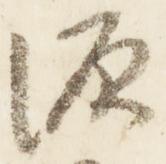
源